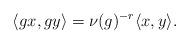
LaTeX: \begin{align*}\langle gx,gy \rangle = \nu(g)^{-r} \langle x,y \rangle.\end{align*}